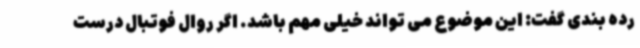
رده بندی گفت: این موضوع می تواند خیلی مهم باشد. اگر روال فوتبال درست